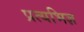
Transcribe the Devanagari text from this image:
प्रत्यभिज्ञ